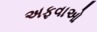
અફવાઓ